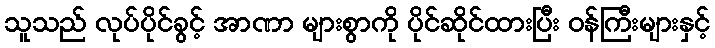
သူသည် လုပ်ပိုင်ခွင့် အာဏာ များစွာကို ပိုင်ဆိုင်ထားပြီး ဝန်ကြီးများနှင့်